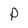
Character: p